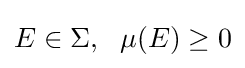
E\in \Sigma ,\ \ \mu (E)\geq 0